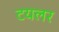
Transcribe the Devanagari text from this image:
टयलर